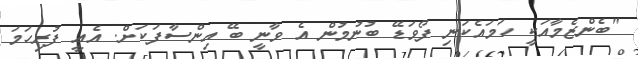
"ބެންޒެމާއަކީ ހަމައެކަނި ފޯވަޑޭ ބުނުމުން އެ ވާނީ ބޭ އިންސާފަކަށް. އެއީ ފުރިހަމަ